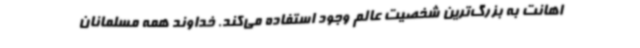
اهانت به بزرگ‌ترین شخصیت عالم وجود استفاده می‌کند. خداوند همه مسلمانان